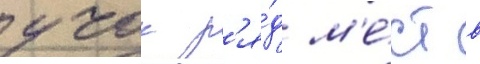
учок р'я́д м'е́ст в